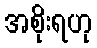
အစိုးရဟု